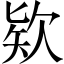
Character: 欵